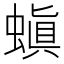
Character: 𮔪